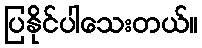
ပြနိုင်ပါသေးတယ်။